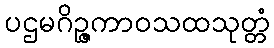
ပဌမဂိဉ္ဇကာဝသထသုတ္တံ